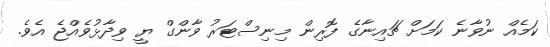
ކަމެއް ނުވާނެ ކަމަށް ޗައިނާގެ ފޮރިން މިނިސްޓަރު ވާންގް ޔީ ވިދާޅުވެއްޖެ އެވެ.